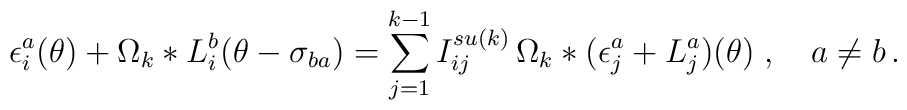
\epsilon _{i}^{a}(\theta )+\Omega _{k}\ast L_{i}^{b}(\theta -\sigma_{ba})=\sum_{j=1}^{k-1}I_{ij}^{su(k)}\,\Omega _{k}\ast (\epsilon_{j}^{a}+L_{j}^{a})(\theta )\;,\quad a\neq b\,.